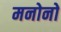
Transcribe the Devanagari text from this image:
मनोनो